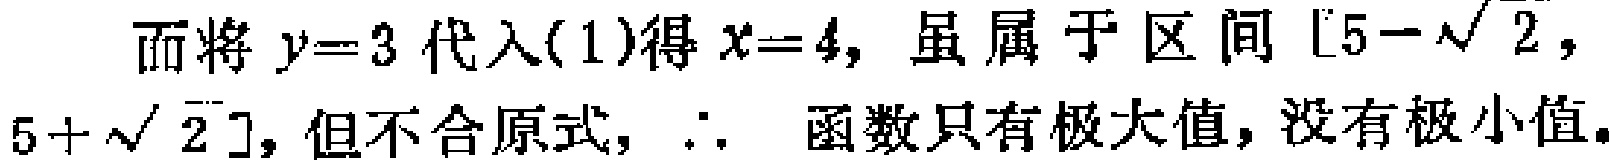
而将\(y = 3\)代入\((1)\)得\(x = 4\)，虽属于区间\([5 - \sqrt{2},5 + \sqrt{2}]\)，但不合原式，\(\therefore\) 函数只有极大值，没有极小值。